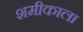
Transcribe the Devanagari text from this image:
शमीकाला